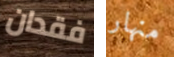
فقدان منهار